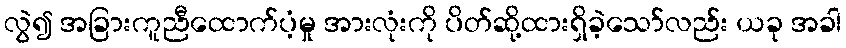
လွဲ၍ အခြားကူညီထောက်ပံ့မှု အားလုံးကို ပိတ်ဆို့ထားရှိခဲ့သော်လည်း ယခု အခါ